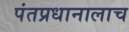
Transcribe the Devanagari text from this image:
पंतप्रधानालाच